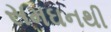
સમઘનથી